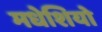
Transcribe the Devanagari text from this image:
मधेशियो